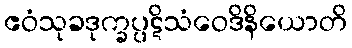
ဧဝံသုခဒုက္ခပ္ပဋိသံဝေဒိနိယောတိ